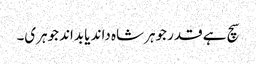
سچ ہے قدر جوہر شاہ داند یا بداند جوہری۔